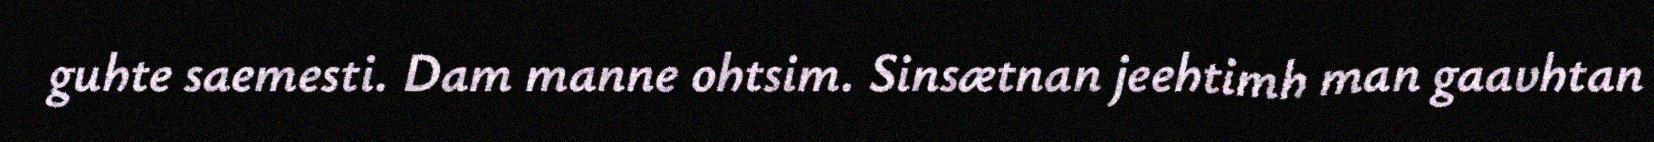
guhte saemesti. Dam manne ohtsim. Sinsætnan jeehtimh man gaavhtan